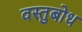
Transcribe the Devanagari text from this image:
वस्तुबोध